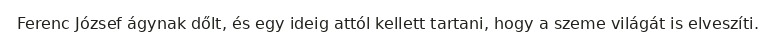
Ferenc József ágynak dőlt, és egy ideig attól kellett tartani, hogy a szeme világát is elveszíti.